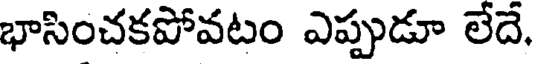
భాసించకపోవటం ఎప్పుడూ లేదే.